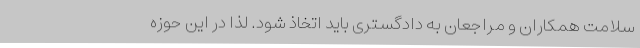
سلامت همکاران و مراجعان به دادگستری باید اتخاذ شود. لذا در این حوزه